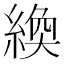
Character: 𫃴